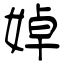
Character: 婥